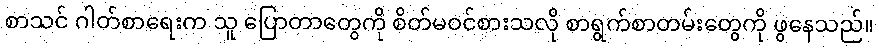
စာသင် ဂါတ်စာရေးက သူ ပြောတာတွေကို စိတ်မဝင်စားသလို စာရွက်စာတမ်းတွေကို ဖွနေသည်။